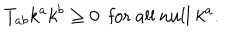
LaTeX: T _ { a b } k ^ { a } k ^ { b } \geq 0 ~ ~ \mathrm { f o r ~ a l l ~ n u l l } ~ k ^ { a } .